Report of the Imperial Institute of Veterinary Research, Muktesar
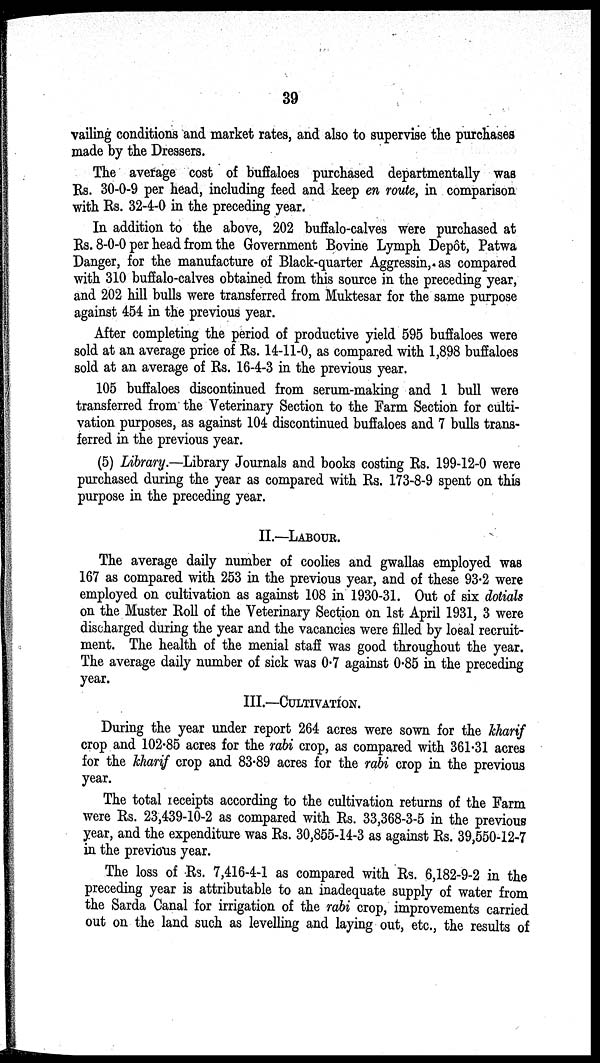
39
vailing conditions and market rates, and also to supervise the purchases
made by the Dressers.
The average cost of buffaloes purchased departmentally was
Rs. 30-0-9 per head, including feed and keep en route, in comparison
with Rs. 32-4-0 in the preceding year.
In addition to the above, 202 buffalo-calves were purchased at
Rs. 8-0-0 per head from the Government Bovine Lymph Depôt, Patwa
Danger, for the manufacture of Black-quarter Aggressin, as compared
with 310 buffalo-calves obtained from this source in the preceding year,
and 202 hill bulls were transferred from Muktesar for the same purpose
against 454 in the previous year.
After completing the period of productive yield 595 buffaloes were
sold at an average price of Rs. 14-11-0, as compared with 1,898 buffaloes
sold at an average of Rs. 16-4-3 in the previous year.
105 buffaloes discontinued from serum-making and 1 bull were
transferred from the Veterinary Section to the Farm Section for culti-
vation purposes, as against 104 discontinued buffaloes and 7 bulls trans-
ferred in the previous year.
(5) Library.—Library Journals and books costing Rs. 199-12-0 were
purchased during the year as compared with Rs. 173-8-9 spent on this
purpose in the preceding year.
II.—LABOUR.
The average daily number of coolies and gwallas employed was
167 as compared with 253 in the previous year, and of these 93.2 were
employed on cultivation as against 108 in 1930-31. Out of six dotials
on the Muster Roll of the Veterinary Section on 1st April 1931, 3 were
discharged during the year and the vacancies were filled by local recruit-
ment. The health of the menial staff was good throughout the year.
The average daily number of sick was 0.7 against 0.85 in the preceding
year.
III.—CULTIVATION.
During the year under report 264 acres were sown for the kharif
crop and 102.85 acres for the rabi crop, as compared with 361.31 acres
for the kharif crop and 83.89 acres for the rabi crop in the previous
year.
The total receipts according to the cultivation returns of the Farm
were Rs. 23,439-10-2 as compared with Rs. 33,368-3-5 in the previous
year, and the expenditure was Rs. 30,855-14-3 as against Rs. 39,550-12-7
in the previous year.
The loss of Rs. 7,416-4-1 as compared with Rs. 6,182-9-2 in the
preceding year is attributable to an inadequate supply of water from
the Sarda Canal for irrigation of the rabi crop, improvements carried
out on the land such as levelling and laying out, etc., the results of